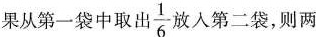
果从第一袋中取出 \frac{1}{6} 放入第二袋，则两